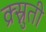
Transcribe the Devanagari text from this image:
क्र्स्नुती